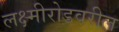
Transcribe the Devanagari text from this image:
लक्ष्मीरोडवरील